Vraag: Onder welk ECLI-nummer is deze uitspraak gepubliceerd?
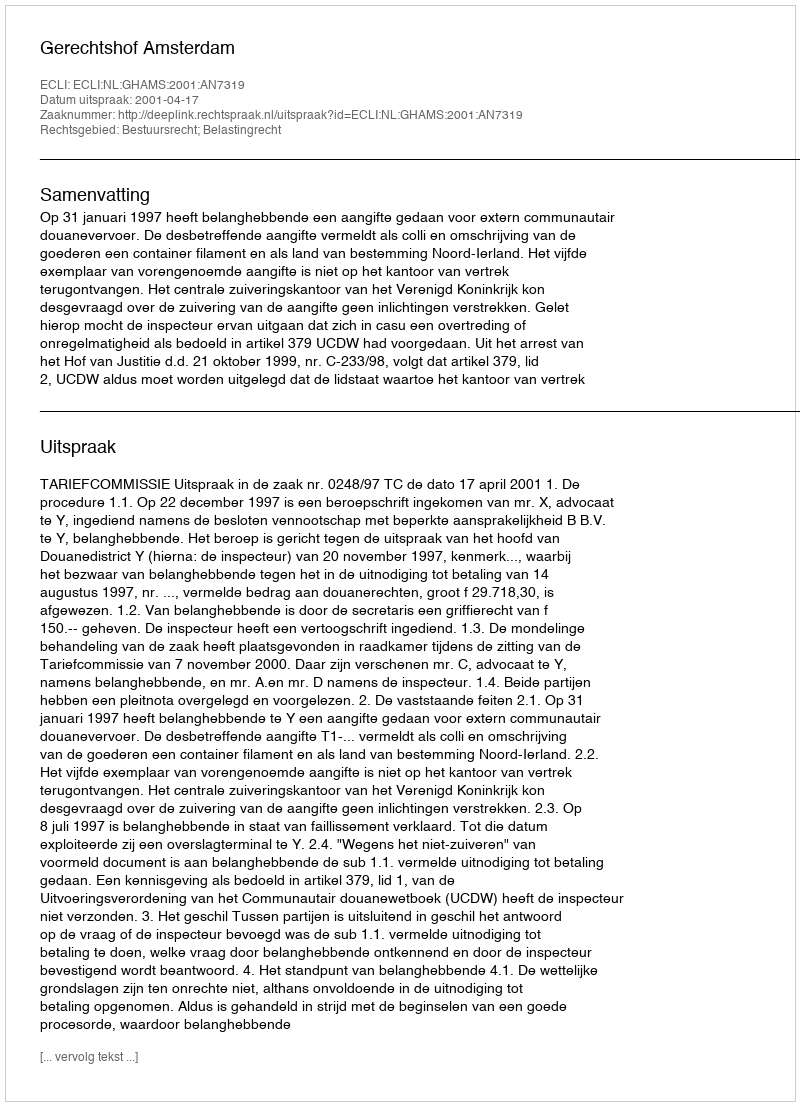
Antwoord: ECLI:NL:GHAMS:2001:AN7319